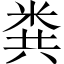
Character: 粪